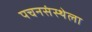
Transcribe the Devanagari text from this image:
पचनसंस्थेला